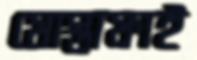
মোস্তাফাই